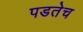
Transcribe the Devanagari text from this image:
पडतेच